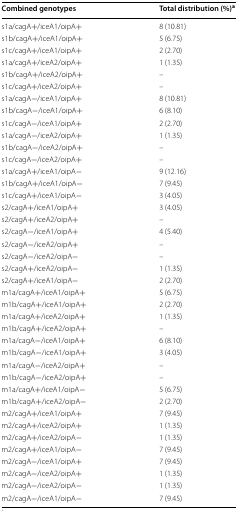
<table><thead><tr><td><b>Combined genotypes</b></td><td><b>Total distribution (%)<sup>a</sup></b></td></tr></thead><tbody><tr><td>s1a/cagA+/iceA1/oipA+</td><td>8 (10.81)</td></tr><tr><td>s1b/cagA+/iceA1/oipA+</td><td>5 (6.75)</td></tr><tr><td>s1c/cagA+/iceA1/oipA+</td><td>2 (2.70)</td></tr><tr><td>s1a/cagA+/iceA2/oipA+</td><td>1 (1.35)</td></tr><tr><td>s1b/cagA+/iceA2/oipA+</td><td>–</td></tr><tr><td>s1c/cagA+/iceA2/oipA+</td><td>–</td></tr><tr><td>s1a/cagA−/iceA1/oipA+</td><td>8 (10.81)</td></tr><tr><td>s1b/cagA−/iceA1/oipA+</td><td>6 (8.10)</td></tr><tr><td>s1c/cagA−/iceA1/oipA+</td><td>2 (2.70)</td></tr><tr><td>s1a/cagA−/iceA2/oipA+</td><td>1 (1.35)</td></tr><tr><td>s1b/cagA−/iceA2/oipA+</td><td>–</td></tr><tr><td>s1c/cagA−/iceA2/oipA+</td><td>–</td></tr><tr><td>s1a/cagA+/iceA1/oipA−</td><td>9 (12.16)</td></tr><tr><td>s1b/cagA+/iceA1/oipA−</td><td>7 (9.45)</td></tr><tr><td>s1c/cagA+/iceA1/oipA−</td><td>3 (4.05)</td></tr><tr><td>s2/cagA+/iceA1/oipA+</td><td>3 (4.05)</td></tr><tr><td>s2/cagA+/iceA2/oipA+</td><td>–</td></tr><tr><td>s2/cagA−/iceA1/oipA+</td><td>4 (5.40)</td></tr><tr><td>s2/cagA−/iceA2/oipA+</td><td>–</td></tr><tr><td>s2/cagA−/iceA2/oipA−</td><td>–</td></tr><tr><td>s2/cagA+/iceA2/oipA−</td><td>1 (1.35)</td></tr><tr><td>s2/cagA+/iceA1/oipA−</td><td>2 (2.70)</td></tr><tr><td>m1a/cagA+/iceA1/oipA+</td><td>5 (6.75)</td></tr><tr><td>m1b/cagA+/iceA1/oipA+</td><td>2 (2.70)</td></tr><tr><td>m1a/cagA+/iceA2/oipA+</td><td>1 (1.35)</td></tr><tr><td>m1b/cagA+/iceA2/oipA+</td><td>–</td></tr><tr><td>m1a/cagA−/iceA1/oipA+</td><td>6 (8.10)</td></tr><tr><td>m1b/cagA−/iceA1/oipA+</td><td>3 (4.05)</td></tr><tr><td>m1a/cagA−/iceA2/oipA+</td><td>–</td></tr><tr><td>m1b/cagA−/iceA2/oipA+</td><td>–</td></tr><tr><td>m1a/cagA+/iceA1/oipA−</td><td>5 (6.75)</td></tr><tr><td>m1b/cagA+/iceA2/oipA−</td><td>2 (2.70)</td></tr><tr><td>m2/cagA+/iceA1/oipA+</td><td>7 (9.45)</td></tr><tr><td>m2/cagA+/iceA2/oipA+</td><td>1 (1.35)</td></tr><tr><td>m2/cagA+/iceA2/oipA−</td><td>1 (1.35)</td></tr><tr><td>m2/cagA+/iceA1/oipA−</td><td>7 (9.45)</td></tr><tr><td>m2/cagA−/iceA1/oipA+</td><td>7 (9.45)</td></tr><tr><td>m2/cagA−/iceA2/oipA+</td><td>1 (1.35)</td></tr><tr><td>m2/cagA−/iceA2/oipA−</td><td>1 (1.35)</td></tr><tr><td>m2/cagA−/iceA1/oipA−</td><td>7 (9.45)</td></tr></tbody></table>